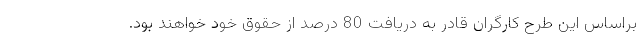
براساس این طرح کارگران قادر به دریافت 80 درصد از حقوق خود خواهند بود.